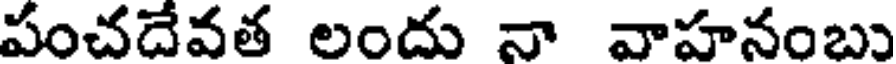
పంచదేవత లందు నా వాహనంబు